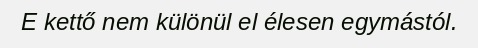
E kettő nem különül el élesen egymástól.